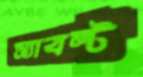
স্যাবল্ট